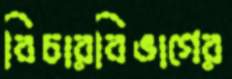
বিচারবিভাগের